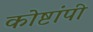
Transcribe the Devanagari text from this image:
कोष्टांपी